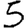
Digit: 5